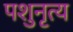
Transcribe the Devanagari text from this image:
पशुनृत्य